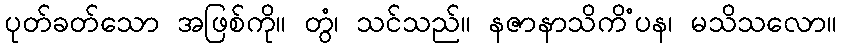
ပုတ်ခတ်သော အဖြစ်ကို။ တွံ၊ သင်သည်။ နဇာနာသိကိံပန၊ မသိသလော။